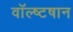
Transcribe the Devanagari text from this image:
वॉल्ष्टषान